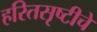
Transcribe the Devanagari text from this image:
हरितसृष्टीचे